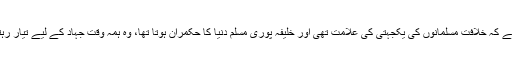
اس لیے کہ خلافت مسلمانوں کی یکجہتی کی علامت تھی اور خلیفہ پوری مسلم دنیا کا حکمران ہوتا تھا، وہ ہمہ وقت جہاد کے لیے تیار رہتا تھا۔